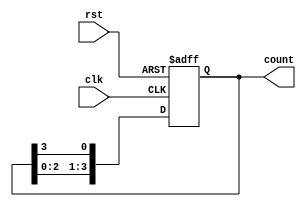
module ring_counter #(
    parameter N = 4  // Number of bits (flip-flops) in the ring counter
)(
    input wire clk,   // Clock signal
    input wire rst,   // Reset signal
    output reg [N-1:0] count // Output of the ring counter
);

// Initial state
initial begin
    count = 1'b1; // Start with the first flip-flop set to '1'
end

// Always block triggered on the rising edge of the clock or reset
always @(posedge clk or posedge rst) begin
    if (rst) begin
        count <= 1'b1; // Reset to initial state
    end else begin
        // Shift the '1' through the flip-flops
        count <= {count[N-2:0], count[N-1]}; // Shift left and wrap around
    end
end

endmodule